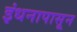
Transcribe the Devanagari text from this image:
इंधनापासून